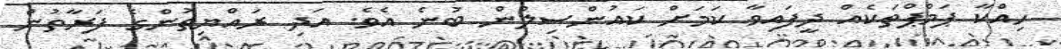
ހިއްކާ ޕަމްޕްތަކެއް ދީފައިވާ ކަމަށް ކައުންސިލުން ބުނެ އެވެ. އަދި ރައްޔިތުންގެ ފަރާތުން